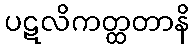
ပဋလိကတ္ထတာနိ